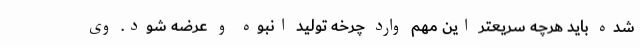
شده باید هرچه سریعتر این مهم وارد چرخه تولید انبوه و عرضه شود. وی